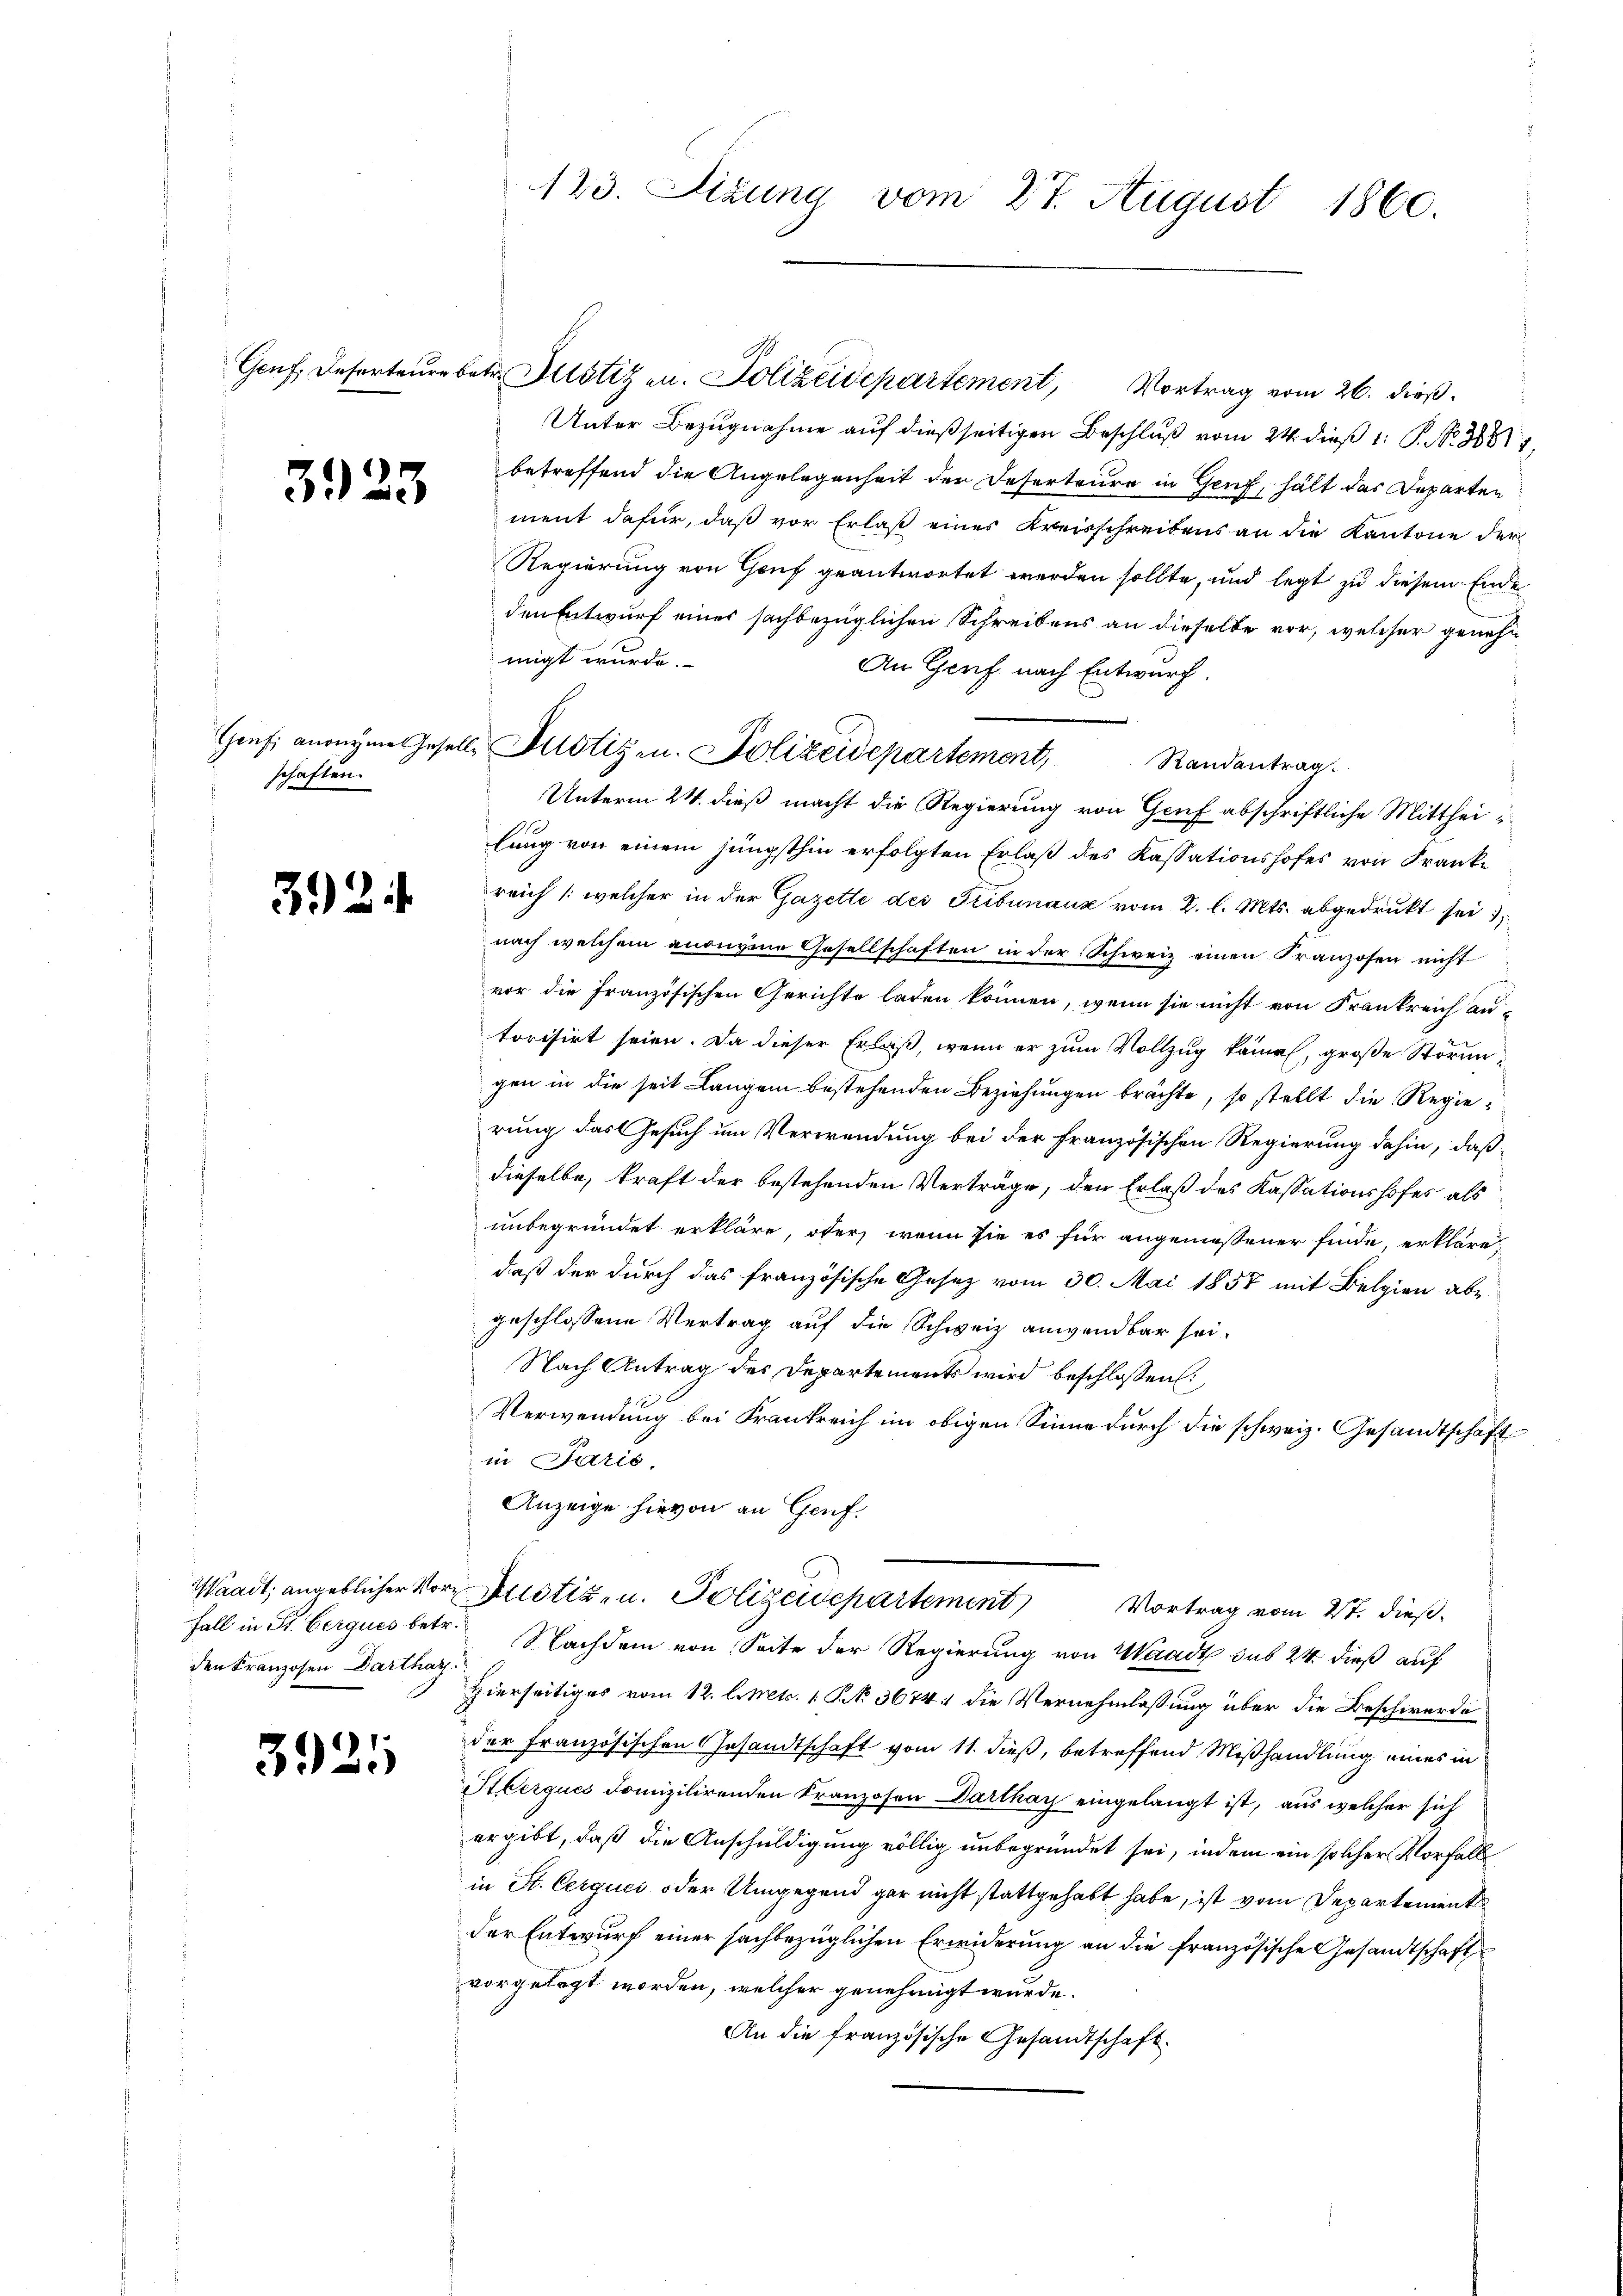
3923

schaften.

3924

Waadt, angeblicher Vor¬
Fall in St. Gerques betr.
den Kranzosen Darthar

3925

123. Sizung vom 27. August 1860.

Unter Bezugnahme auf dießseitigen Beschluß vom 24. dieß 1 S. 384,
betreffend die Angelegenheit der Deserteure in Genf, hält das Departen
ment dafür, daß vor Erlaß eines Kreisschreibens an die Kantone der
Regierung von Genf geantwortet werden sollte, und legt zu diesem Ende
den Entwurf einer sachbezüglichen Schreibens an dieselbe vor, welcher genehmigt wurde.
An Gerf nach Entwurf.
Unterm 24. dieß macht die Regierung von Genf abschriftliche Mittheilang von einem jüngsthin erfolgten Erlaß des Kassationshofes von Kranke
reich /: welcher in der Gazette des Tribunaus vom 2. l. Mts. abgedrukt sei
nach welchem anonyme Gesellschaften in der Schweiz einen Franzosen nicht
vor die französischen Gerichte laden können, wenn sie nicht von Frankreich au-
torisirt seien. Da dieser Erlaß, wenn er zum Vollzug kämen, große Störungen in die seit Langen bestehenden Beziehungen brächte, so stellt die Regierung das Gesuch um Verwendung bei der französischen Regierung dahin, daß
dieselbe, kraft der bestehenden Verträge, den Erlaß des Kassationshofes als
unbegründet erkläre, ober, wenn sie es für angeniessener finde, erkläre,
daß der durch das französische Gesetz vom 30. Mai 1857 mit Belgien abe
geschlossene Vertrag auf die Schweiz anwendbar sei.
Nach Antrag des Departements wird beschlossen:
Verwendung bei Frankreich im obigen Sinne durch die schweiz. Gesandtschaft
in Paris.
Anzeige hievon an Genf.
Justiz- u. Polizeidepartement
Vortrag vom 2t. dieß.
r. Nachdem von Seite der Regierung von Waadt sub 24 dieß auf
h
Hierseitiges vom 12. l. etc. 1 S. 3674: die Vernehmlassung über die Beschwerde
der Französischen Gesandtschaft vom 11. dieß, betreffend Mißhandlung eines in
Stberques domizilirenden Kranzosen Darthay eingelangt ist, aus welcher sich
ergibt, daß die Anschuldigung völlig unbegründet sei, indem ein solcher Vorfall
in St. Cerques oder Umgegend gar nicht stattgehabt habe, ist vom Departement
der Entwurf einer sachbezüglichen Erwiderung an die französische Gesandtschaft
vorgelegt worden, welcher genehmigt wurde.
An die französische Gesandtschaft.

Genf. Deserteure betr. Justizen. Polizeidepartement, Vortrag vom 26. dieß.

Genf anreyme Gesell Allotizen. Polizeidepartement, Randantrag